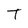
Character: T